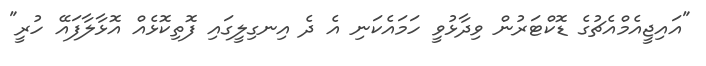
"އައިޖީއެމްއެޗުގެ ޑޮކްޓަރުން ވިދާޅުވީ ހަމައެކަނި އެ ދެ އިނގިލީގައި ފޮތިކޮޅެއް އޮޅާލާފައޭ ހުރީ"